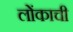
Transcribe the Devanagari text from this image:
लोंकाची